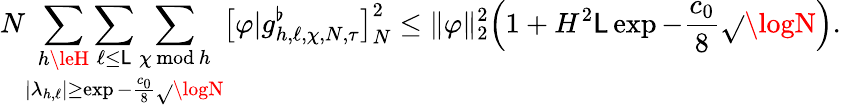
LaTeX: N\mathop{\sum_{h\leH}\sum_{\ell\le\mathsf{L}}\sum_{\chi\mathbin{\, \textrm{{mod}}\, }h}}_{|\lambda_{h,\ell}|\ge\exp-\frac{{c_{0}}}{{8}}\sqrt{}{{\logN}}}\bigl[\varphi|g_{h,\ell,\chi,N,\tau}^{\flat}\bigr]_{N}^{2}\le\| \varphi\| _{2}^{2}\Bigl(1+H^{2}\mathsf{L}\exp-\frac{{c_{0}}}{{8}}\sqrt{}{{\logN}}\Bigr).